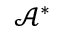
\mathcal { A } ^ { * }